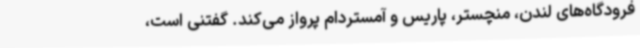
فرودگاه‌های لندن، منچستر، پاریس و آمستردام پرواز می‌کند. گفتنی است،